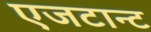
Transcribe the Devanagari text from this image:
एजटान्ट